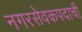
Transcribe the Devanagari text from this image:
नगरसेवकपदाची